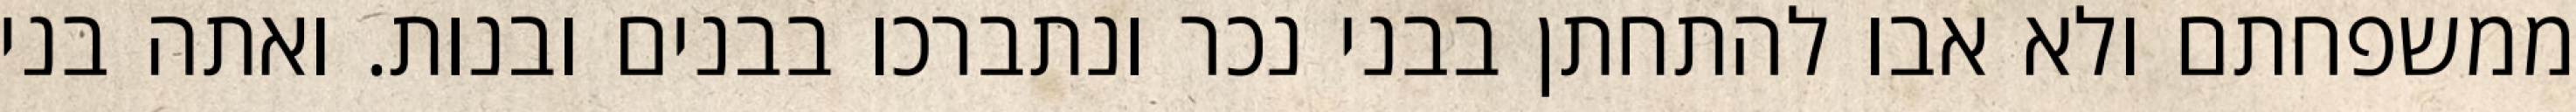
ממשפחתם ולא אבו להתחתן בבני נכר ונתברכו בבנים ובנות. ואתה בני